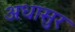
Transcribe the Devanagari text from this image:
अधासुर